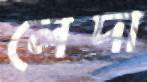
লেদা